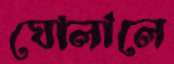
ঘোলালে